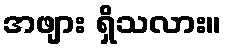
အဖျား ရှိသလား။